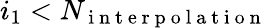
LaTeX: i_{1}<N_{\mathrm{~i~n~t~e~r~p~o~l~a~t~i~o~n~}}